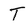
Character: T